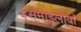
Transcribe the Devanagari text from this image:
इसमाइलोर्वा